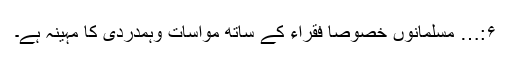
۶:… مسلمانوں خصوصاً فقراء کے ساتھ مواسات وہمدردی کا مہینہ ہے۔